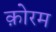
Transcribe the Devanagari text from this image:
क़ोरम